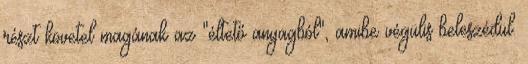
részt követel magának az "éltető anyagból", amibe végülis beleszédül.